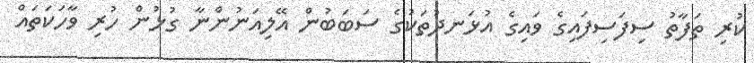
ކުރި ތަފާތު ސިފަސިފައިގެ ވައިގެ އުޅަނދުތަކުގެ ސަބަބުން އޭލިއަނުންނާ ގުޅުން ހުރި ވާހަކަތައް